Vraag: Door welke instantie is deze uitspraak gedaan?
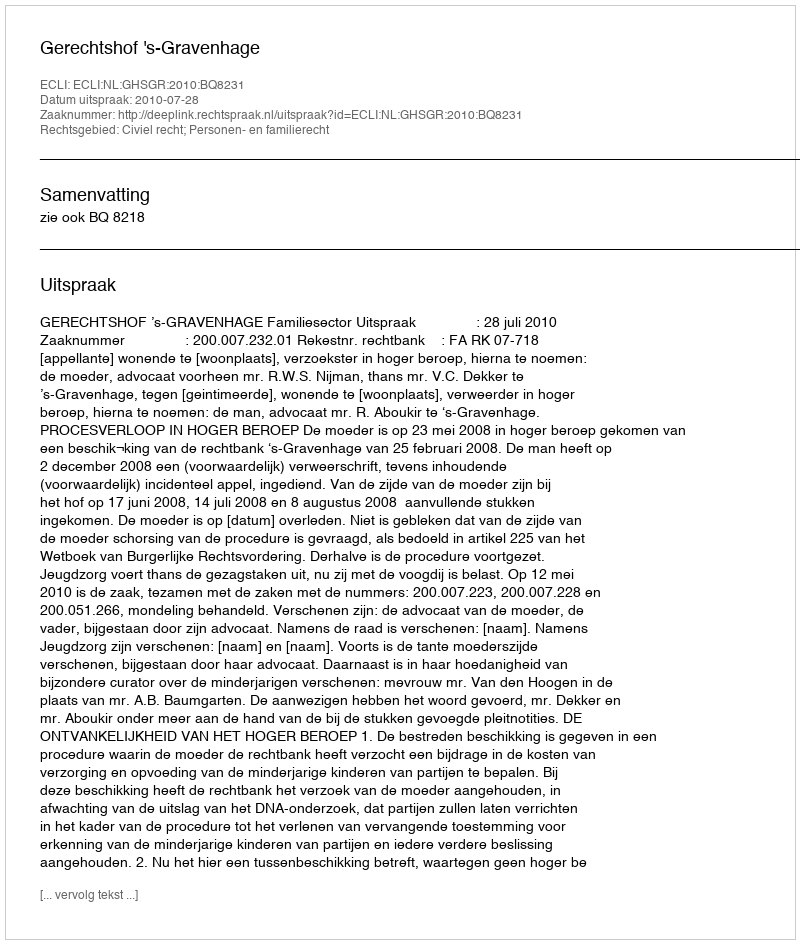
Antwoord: Gerechtshof 's-Gravenhage